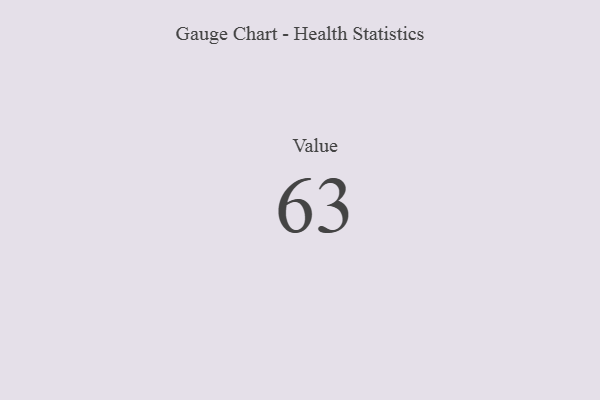
{"axis": {"x": "Metric", "y": "Value"}, "legend": [""], "data": [{"x": "Value", "y": 63, "type": ""}]}